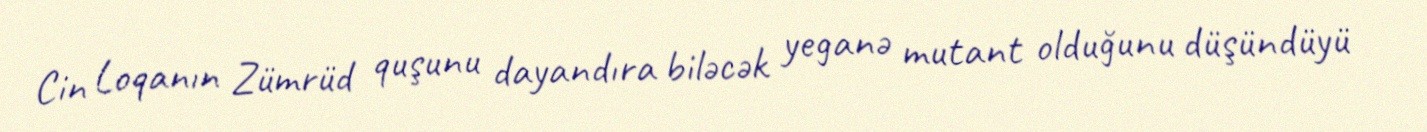
Cin Loqanın Zümrüd quşunu dayandıra biləcək yeganə mutant olduğunu düşündüyü